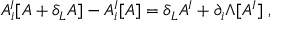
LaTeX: A _ { i } ^ { I } [ A + \delta _ { L } A ] - A _ { i } ^ { I } [ A ] = \delta _ { L } A ^ { I } + \partial _ { i } \Lambda [ A ^ { I } ] \; ,